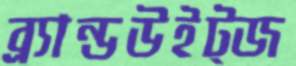
ব্র্যান্ডউইট্জ